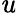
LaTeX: \mathit{u}